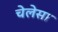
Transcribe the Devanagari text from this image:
चेलेसा